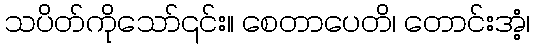
သပိတ်ကိုသော်၎င်း။ စေတာပေတိ၊ တောင်းအံ့၊